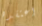
اعتقده